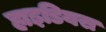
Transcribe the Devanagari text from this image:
हाइडियस